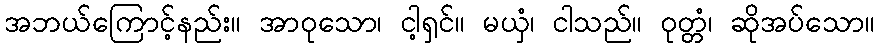
အဘယ်ကြောင့်နည်း။ အာဝုသော၊ ငါ့ရှင်။ မယှံ၊ ငါသည်။ ဝုတ္တံ၊ ဆိုအပ်သော။